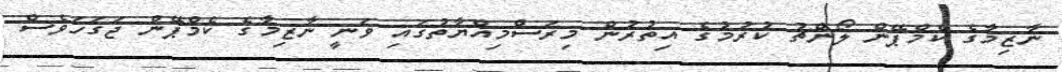
ނާޒިމާގެ ކެމްޕޭން ލޯންޗު ކުރުމުގެ އިތުރުން މިރަސްމިއްޔާތުގައި ވަނީ ނާޒިމާގެ ކެމްޕޭން ޖަގަހަވެސް